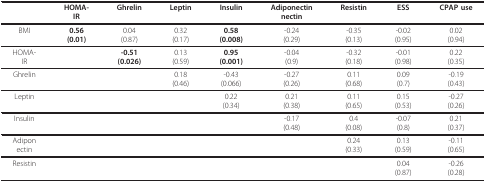
<table><thead><tr><td></td><td><b>HOMA-IR</b></td><td><b>Ghrelin</b></td><td><b>Leptin</b></td><td><b>Insulin</b></td><td><b>Adiponectinnectin</b></td><td><b>Resistin</b></td><td><b>ESS</b></td><td><b>CPAP use</b></td></tr></thead><tbody><tr><td>BMI</td><td><b>0.56</b><b>(0.01)</b></td><td>0.04(0.87)</td><td>0.32(0.17)</td><td><b>0.58</b><b>(0.008)</b></td><td>-0.24(0.29)</td><td>-0.35(0.13)</td><td>-0.02(0.95)</td><td>0.02(0.94)</td></tr><tr><td>HOMA-IR</td><td></td><td><b>-0.51</b><b>(0.026)</b></td><td>0.13(0.59)</td><td><b>0.95</b><b>(0.001)</b></td><td>-0.04(0.9)</td><td>-0.32(0.18)</td><td>-0.01(0.98)</td><td>0.22(0.35)</td></tr><tr><td>Ghrelin</td><td></td><td></td><td>0.18(0.46)</td><td>-0.43(0.066)</td><td>-0.27(0.26)</td><td>0.11(0.68)</td><td>0.09(0.7)</td><td>-0.19(0.43)</td></tr><tr><td>Leptin</td><td></td><td></td><td></td><td>0.22(0.34)</td><td>0.21(0.38)</td><td>0.11(0.65)</td><td>0.15(0.53)</td><td>-0.27(0.26)</td></tr><tr><td>Insulin</td><td></td><td></td><td></td><td></td><td>-0.17(0.48)</td><td>0.4(0.08)</td><td>-0.07(0.8)</td><td>0.21(0.37)</td></tr><tr><td>Adiponectin</td><td></td><td></td><td></td><td></td><td></td><td>0.24(0.33)</td><td>0.13(0.59)</td><td>-0.11(0.65)</td></tr><tr><td>Resistin</td><td></td><td></td><td></td><td></td><td></td><td></td><td>0.04(0.87)</td><td>-0.26(0.28)</td></tr></tbody></table>